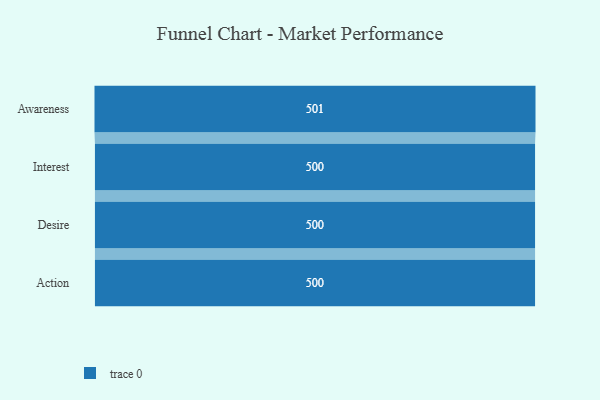
{"axis": {"x": "Stage", "y": "Value"}, "legend": [""], "data": [{"x": "Awareness", "y": 501.0, "type": ""}, {"x": "Interest", "y": 500, "type": ""}, {"x": "Desire", "y": 500, "type": ""}, {"x": "Action", "y": 500, "type": ""}]}